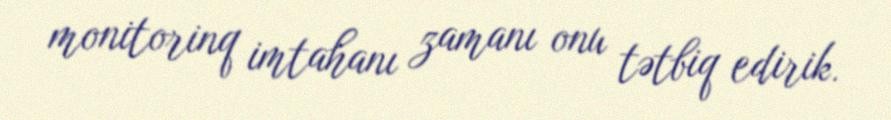
monitorinq imtahanı zamanı onu tətbiq edirik.